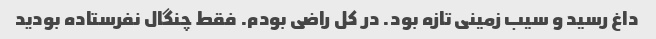
داغ رسید و سیب زمینی تازه بود. در کل راضی بودم. فقط چنگال نفرستاده بودید